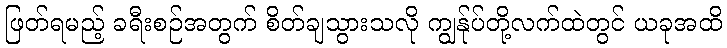
ဖြတ်ရမည့် ခရီးစဉ်အတွက် စိတ်ချသွားသလို ကျွန်ုပ်တို့လက်ထဲတွင် ယခုအထိ